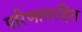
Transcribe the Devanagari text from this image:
परिणामरहित